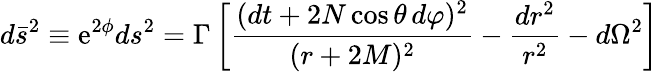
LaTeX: d\bar{s}^{2}\equiv\mathrm{e}^{2\phi}ds^{2}=\Gamma\left[\frac{(dt+2N\cos\theta\, d\varphi)^{2}}{(r+2M)^{2}}-\frac{dr^{2}}{r^{2}}-d\Omega^{2}\right]